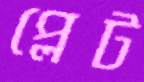
প্লেট